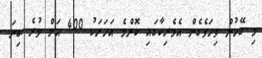
މި ގޭހުން ވިހަވެގެން އެމެރިކާގައި ކޮންމެ އަހަރަކު 400 އަށް ވުރެ ގިނަ